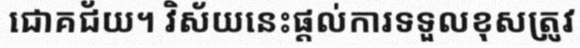
ជោគជ័យ។ វិស័យនេះផ្តល់ការទទួលខុសត្រូវ